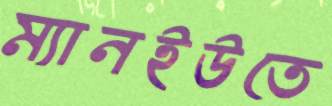
ম্যানইউতে